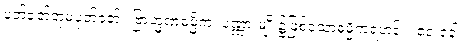
ပုတ်ခတ်တုံမပုတ်ခတ်။ ဗြာဟ္မဏဓမ္မိက၊ ပုဏ္ဏားမျိုး၌ဖြစ်သောဓမ္မိကရဟန်း။ ဧဝံ ခေါ၊